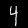
Label: 4